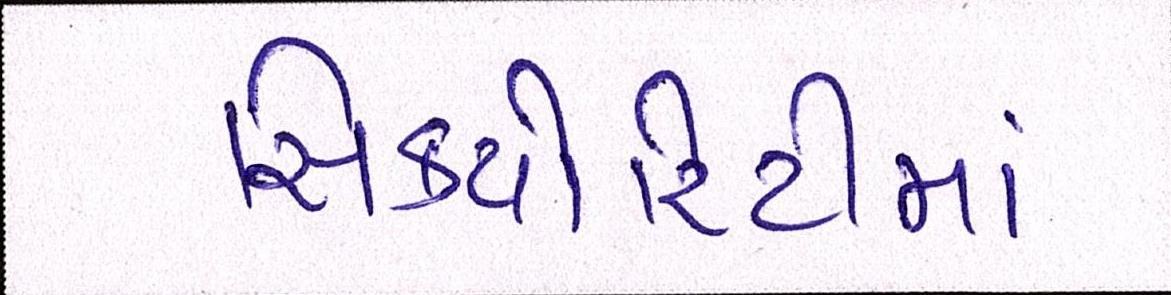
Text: સિક્યોરિટીમાં